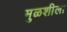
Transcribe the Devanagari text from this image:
मुळशीला